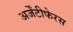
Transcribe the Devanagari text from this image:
अर्जेंटीफेरस